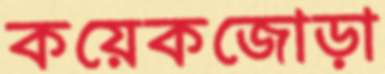
কয়েকজোড়া